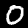
Label: 0